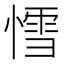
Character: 𰒅